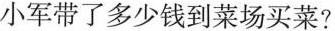
小军带了多少钱到菜场买菜?